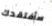
سأفتقدك